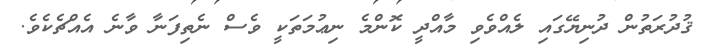
ޤުދުރަތުން ދުނިޔޭގައި ލެއްވެވި މާއްދީ ކޮންމެ ނިޢުމަތަކީ ވެސް ނެތިފަނާ ވާނެ އެއްޗެކެވެ.